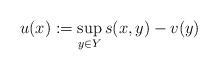
\begin{align*}u(x) := \sup_{y \in Y} s(x,y) - v(y)\end{align*}